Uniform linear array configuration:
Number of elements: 12
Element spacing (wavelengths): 1
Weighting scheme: blackman
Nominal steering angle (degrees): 0
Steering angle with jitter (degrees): -1.044
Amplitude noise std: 0.05
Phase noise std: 0.05

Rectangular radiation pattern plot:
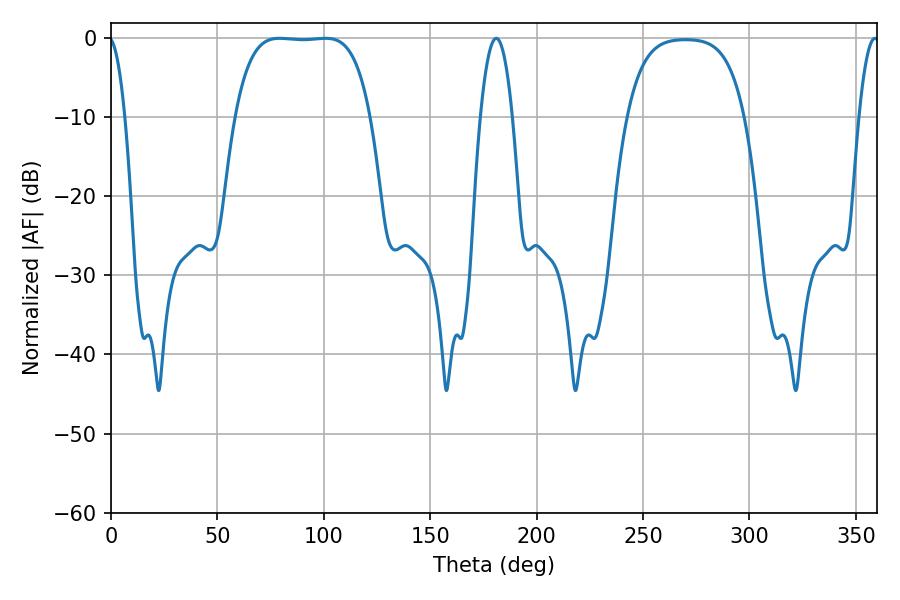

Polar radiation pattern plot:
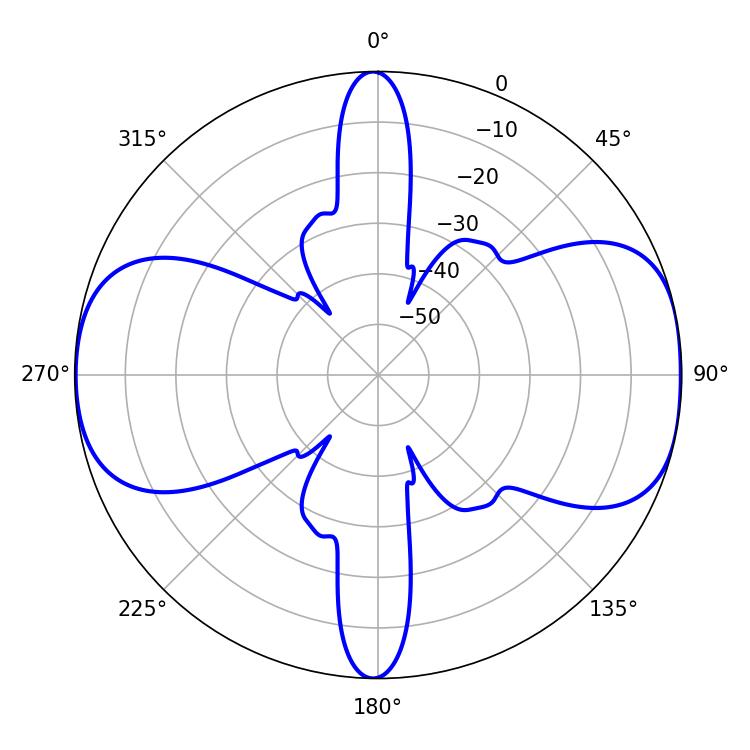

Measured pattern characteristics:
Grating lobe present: TRUE
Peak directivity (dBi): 10.226
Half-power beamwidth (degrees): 49.32
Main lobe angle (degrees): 79.2